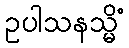
ဥပါသနသ္မိံ